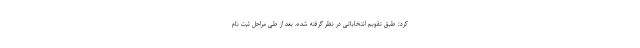
کرد: طبق تقویم انتخاباتی در نظر گرفته شده، بعد از طی مراحل ثبت نام